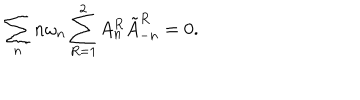
LaTeX: \sum _ { n } n \omega _ { n } \sum _ { R = 1 } ^ { 2 } A _ { n } ^ { R } \tilde { A } _ { - n } ^ { R } = 0 .